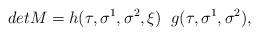
LaTeX: \begin{align*}det M = h(\tau,\sigma^1,\sigma^2,\xi) \;\;g(\tau,\sigma^1,\sigma^2),\end{align*}